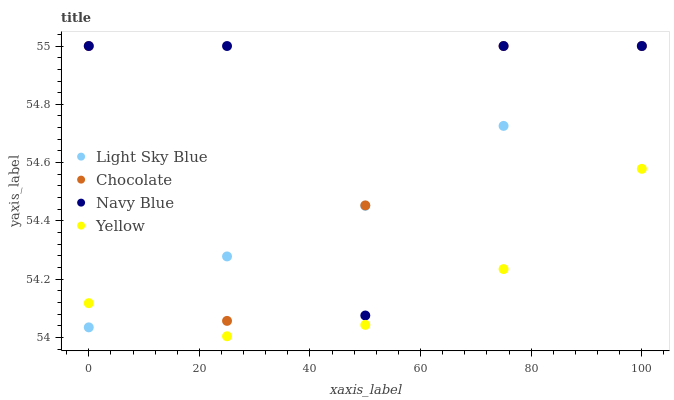
| xaxis_label | Light Sky Blue | Chocolate | Navy Blue | Yellow |
 | --- | --- | --- | --- | --- |
 | 0 | 54 | 55 | 55 | 54.1 |
 | 25 | 54.3 | 54.1 | 55 | 54 |
 | 50 | 54.5 | 54.5 | 54.1 | 54 |
 | 75 | 54.7 | 55 | 55 | 54.2 |
 | 100 | 55 | 55 | 55 | 54.6 |